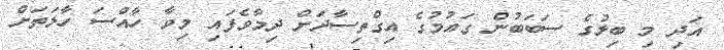
އަދި މި ބިލުގެ ސަބަބުން ގައުމުގެ އިގްތިސާދަށް ދިމާވެފައި މިވާ ހާއްސަ ހާލަތަށް